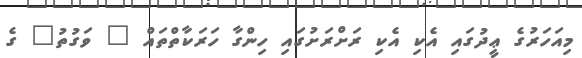
މިއަހަރުގެ ޢީދުގައި އެކި އެކި ރަށްރަށުގައި ހިންގާ ހަރަކާތްތައް " ވަގުތު" ގެ